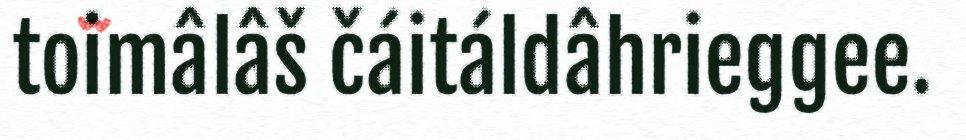
toimâlâš čáitáldâhrieggee.